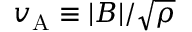
v _ { \mathrm { A } } \equiv | \boldsymbol { B } | / \sqrt { \rho }